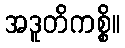
အဒူတိကစ္စိ။